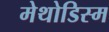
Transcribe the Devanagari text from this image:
मेथोडिस्म